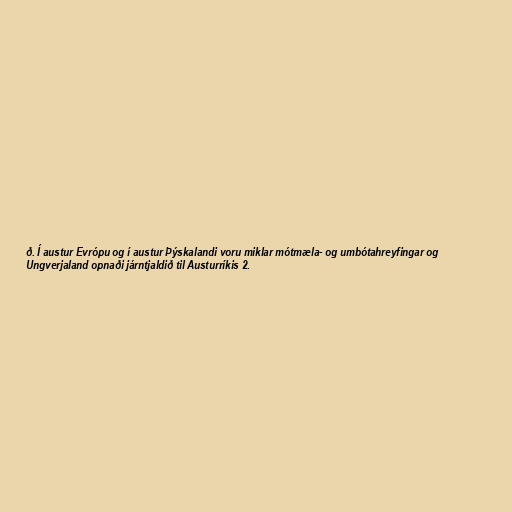
ð. Í austur Evrópu og í austur Þýskalandi voru miklar mótmæla- og umbótahreyfingar og
Ungverjaland opnaði járntjaldið til Austurríkis 2.